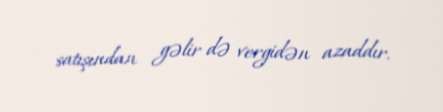
satışından gəlir də vergidən azaddır.